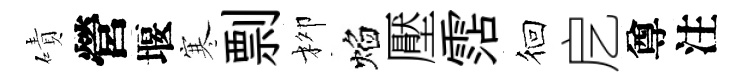
磧營堰寒剽柳焰壓霑徊戹尊注